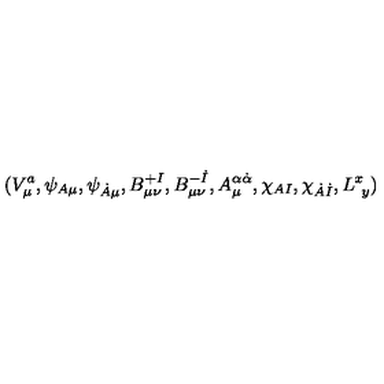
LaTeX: ( V _ { \mu } ^ { a } , \psi _ { A \mu } , \psi _ { \dot { A } \mu } , B _ { \mu \nu } ^ { + I } , B _ { \mu \nu } ^ { - \dot { I } } , A _ { \mu } ^ { \alpha \dot { \alpha } } , \chi _ { A I } , \chi _ { \dot { A } \dot { I } } , L _ { \ y } ^ { x } )